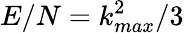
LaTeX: E/N=k_{max}^{2}/3